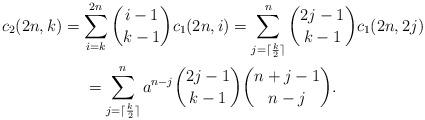
LaTeX: \begin{gather*}c_2(2n,k)=\sum_{i=k}^{2n}{i-1\choose k-1}c_1(2n,i)=\sum_{j=\lceil\frac k2\rceil}^{n}{2j-1\choose k-1}c_1(2n,2j)\\=\sum_{j=\lceil\frac k2\rceil}^{n}a^{n-j}{2j-1\choose k-1}{n+j-1\choose n-j}.\end{gather*}